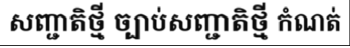
សញ្ជាតិថ្មី ច្បាប់សញ្ជាតិថ្មី កំណត់